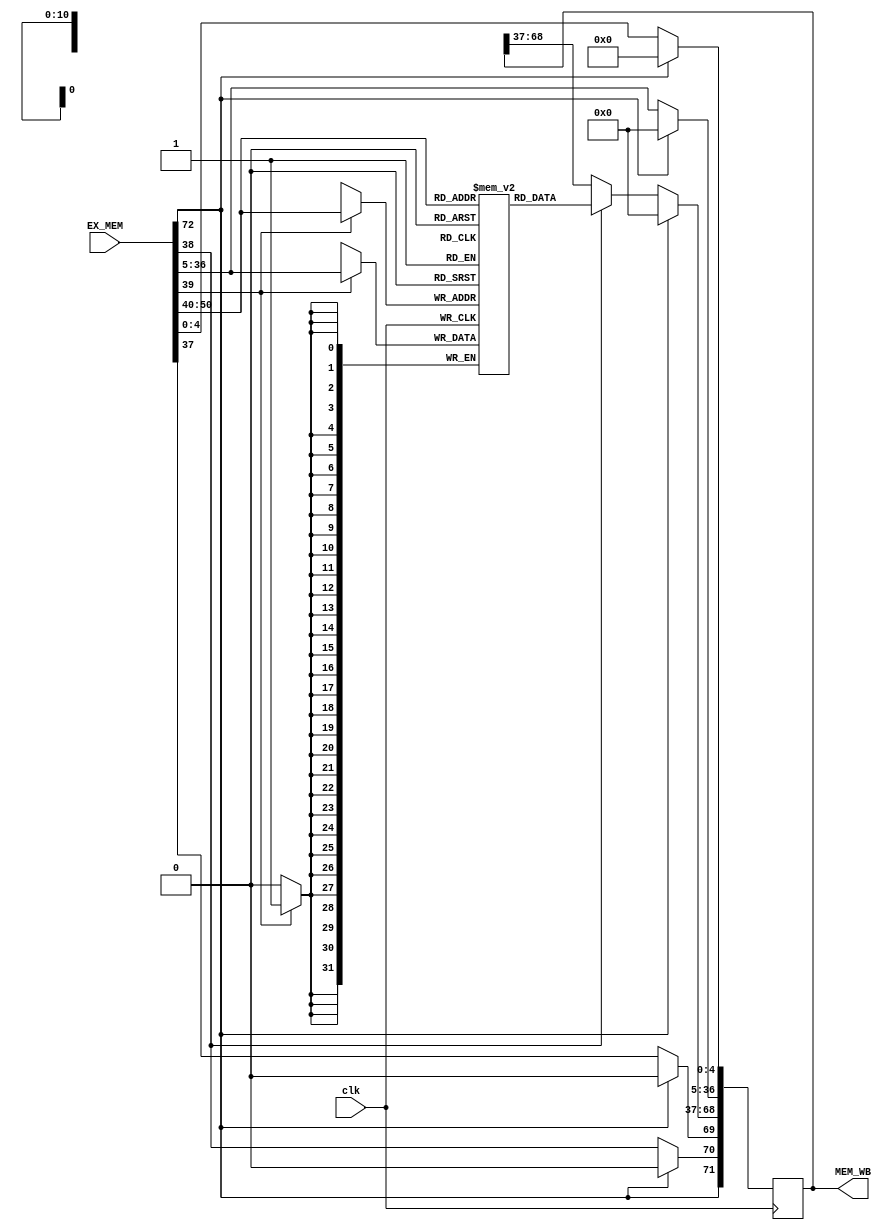
`timescale 1ns / 1ps
//////////////////////////////////////////////////////////////////////////////////
// Company: 
// Engineer: 
// 
// Design Name: 
// Module Name:    MASTER_MEM 
// Project Name: 
// Target Devices: 
// Tool versions: 
// Description: 
//
// Dependencies: 
//
// Revision: 
// Revision 0.01 - File Created
// Additional Comments: 
//
//////////////////////////////////////////////////////////////////////////////////
module MASTER_MEM(EX_MEM, clk, MEM_WB);
     //main I/O
	  input [72:0] EX_MEM;
     input clk;
	  output reg [71:0] MEM_WB;
	  reg [31:0] mem_1k [0:1024];
     //internal connections

//put stuff in main mem
    initial begin
	 mem_1k[0] = 32'b0000_0000_0000_0000_0000_0000_0000_0001;
	 mem_1k[1] = 32'b0000_0000_0000_0000_0000_0000_0110_1101;
	 mem_1k[2] = 32'b0000_0000_0000_0000_0000_0000_0000_0011;
	 mem_1k[3] = 32'b0000_0000_0000_0000_0000_0000_0000_0101;
    end
  //declare the memory block
	 //intialize the output
	 initial begin
	 MEM_WB <= 0;
	 end
	 
	 always @(posedge clk)begin
	 
	 // clear reg if reset
	
	 
	 if(EX_MEM[38])
	 begin
	 //MEM_WB[68:37] <= mem_1k[EX_MEM[36:5]];
	 MEM_WB[68:37] <= mem_1k[EX_MEM[71:40]];
	 end
	 //this block writes to memory
	 if(EX_MEM[39])
	 begin
	 mem_1k[EX_MEM[71:40]] <= EX_MEM[36:5];
	 end
	 //passthrough source 2 from exmem
	 
	 
	 MEM_WB[70] <= EX_MEM[38]; //pass mem rd (drives a mux in next module in chain)
	 
	 MEM_WB[36:5] <= EX_MEM[36:5];  //pass data from ource 2 through , will be selected in next module
	 
	 MEM_WB[4:0] <= EX_MEM[4:0];  //pass dest_add
	 
	 MEM_WB[69] <= EX_MEM[37];  //pass write enable 
	
	 if(EX_MEM[72] == 1) begin
	 MEM_WB <= 0;
	 end
	 MEM_WB[71] <= EX_MEM[72];
	 end
endmodule